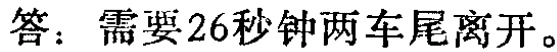
答：需要26秒钟两车尾离开。